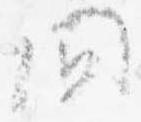
間